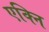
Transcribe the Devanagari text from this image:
एक्नि